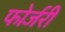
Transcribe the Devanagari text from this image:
फोर्जरी